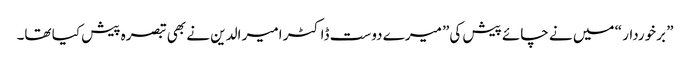
” برخوردار “ میں نے چائے پیش کی” میرے دوست ڈاکٹر امیر الدین نے بھی تبصرہ پیش کیا تھا۔